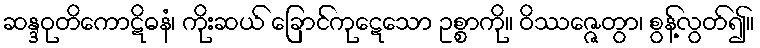
ဆန္ဒဝုတိကောဋိဓနံ၊ ကိုးဆယ် ခြောင်ကုဋေသော ဥစ္စာကို။ ဝိဿဇ္ဇေတွာ၊ စွန့်လွတ်၍။